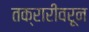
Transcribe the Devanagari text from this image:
तक्रारींवरून